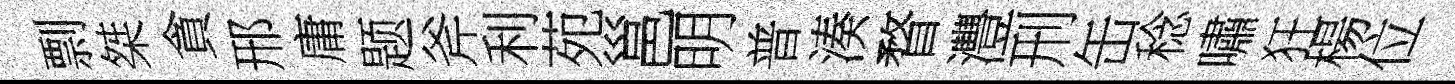
剽桀貪邢庸题斧利苑邕明普湊瞀灃刑缶稔嘯狂楊位